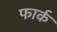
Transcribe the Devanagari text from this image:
फार्क